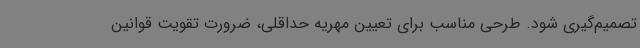
تصمیم‌گیری شود. طرحی مناسب برای تعیین مهریه حداقلی، ضرورت تقویت قوانین